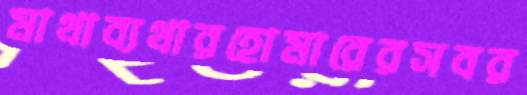
মাথাব্যথারহোমারেরসবর